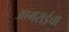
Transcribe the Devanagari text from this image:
आमराईचा